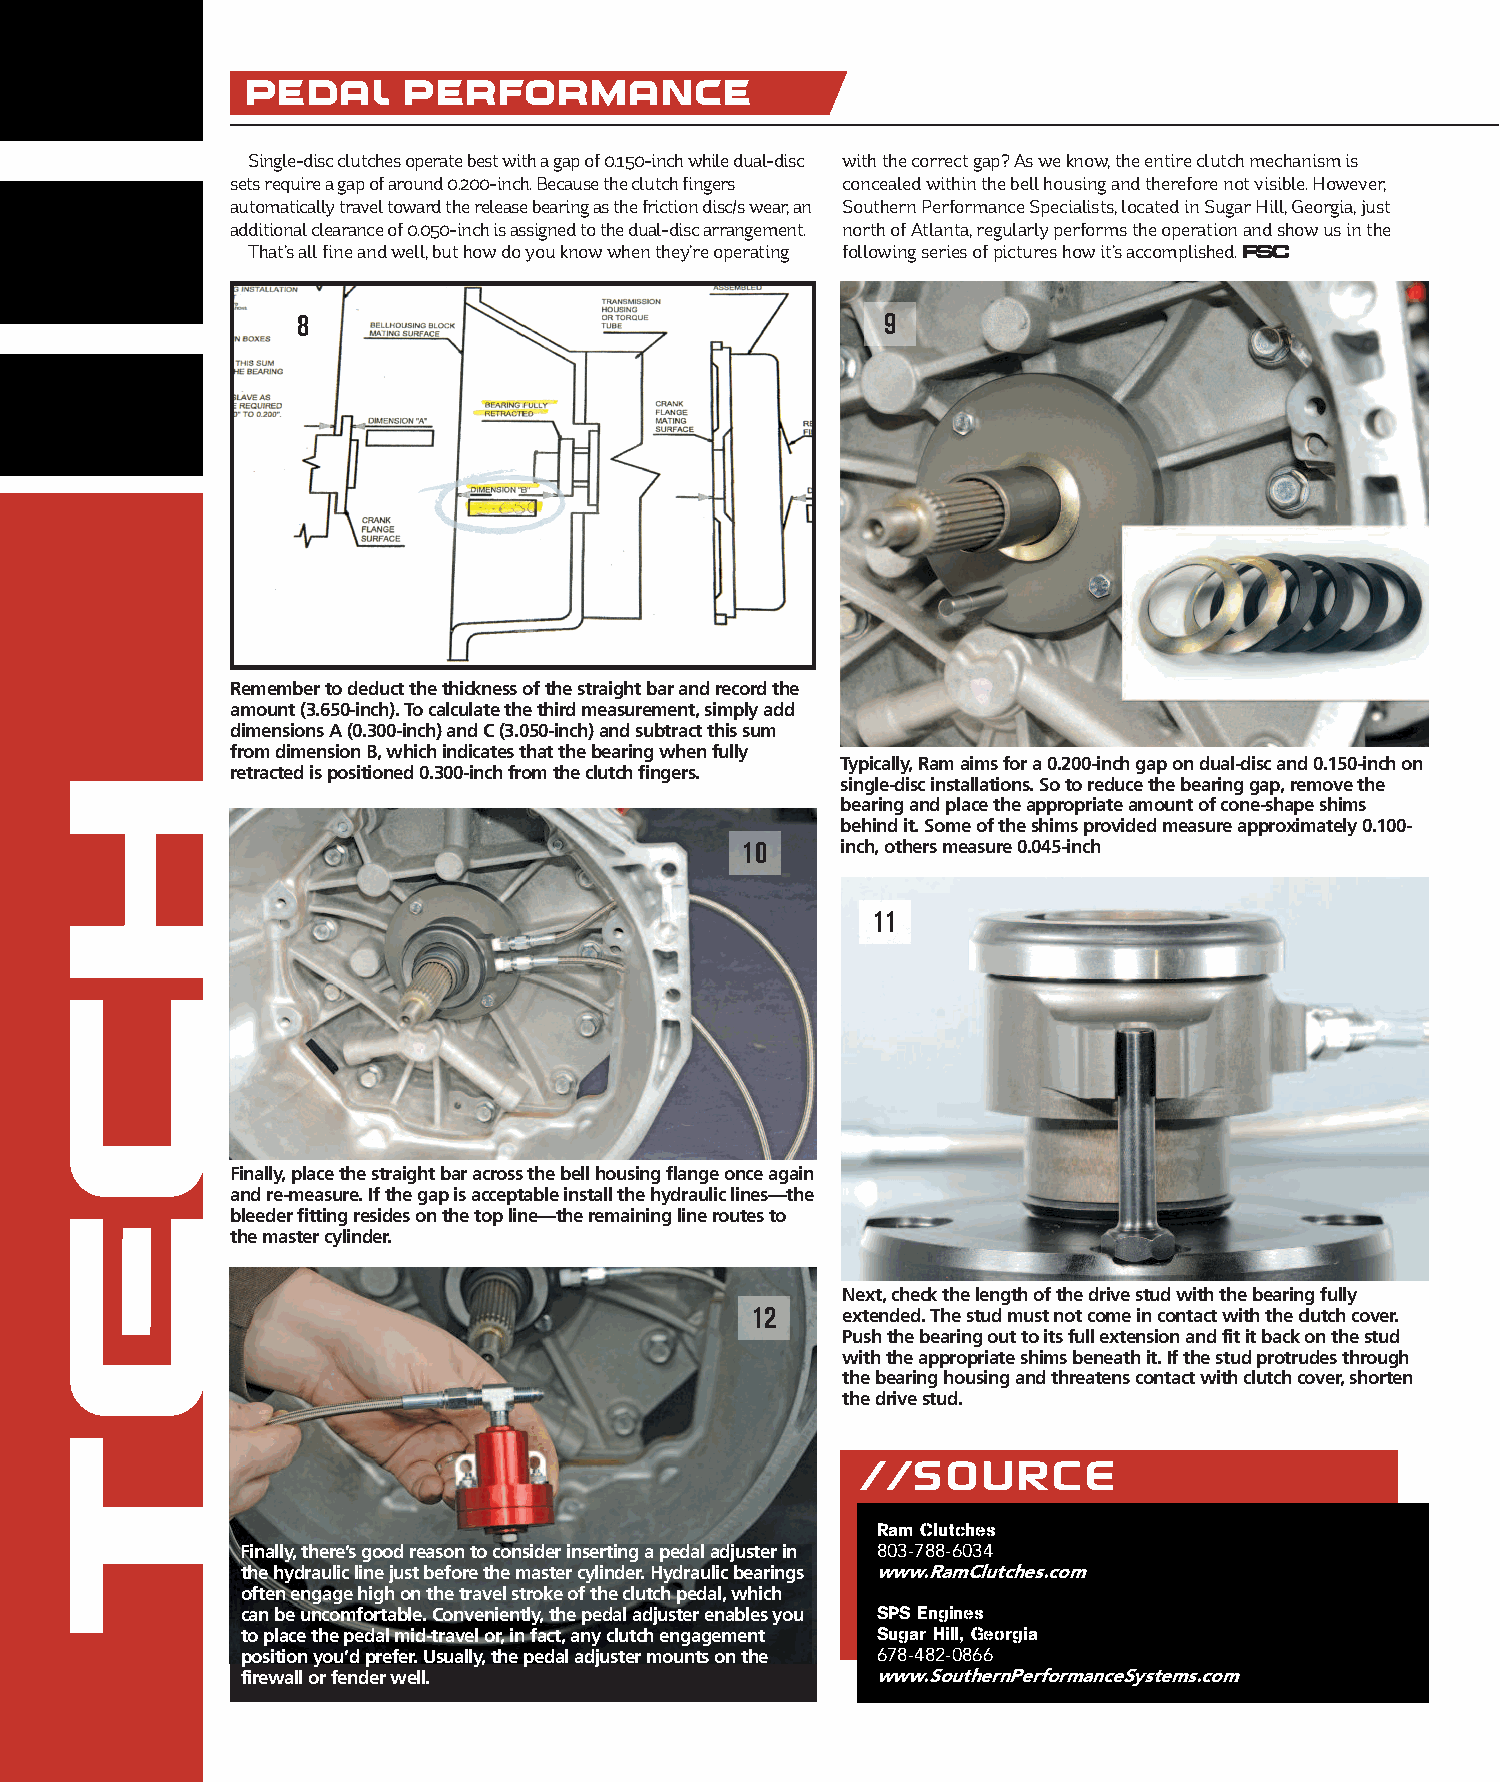
Pedal      Performance
 Single-disc clutches operate best with a gap of 0.150-inch while dual-disc with the correct gap? As we know, the entire clutch mechanism is
 sets require a gap of around 0.200-inch. Because the clutch fingers concealed within the bell housing and therefore not visible. However,
 automatically travel toward the release bearing as the friction disc/s wear, an Southern Performance Specialists, located in Sugar Hill, Georgia, just
 additional clearance of 0.050-inch is assigned to the dual-disc arrangement. north of Atlanta, regularly performs the operation and show us in the
 That’s all fine and well, but how do you know when they’re operating following series of pictures how it’s accomplished. FSC
 8                                      9
 Remember to deduct the thickness of the straight bar and record the
 amount (3.650-inch). To calculate the third measurement, simply add
 dimensions A (0.300-inch) and C (3.050-inch) and subtract this sum
 from dimension B, which indicates that the bearing when fully
 Typically, Ram aims for a 0.200-inch gap on dual-disc and 0.150-inch on
 retracted is positioned 0.300-inch from the clutch fingers.
 single-disc installations. So to reduce the bearing gap, remove the
 bearing and place the appropriate amount of cone-shape shims
 behind it. Some of the shims provided measure approximately 0.100-
 10     inch, others measure 0.045-inch
 11
 Finally, place the straight bar across the bell housing flange once again
 and re-measure. If the gap is acceptable install the hydraulic lines—the
 bleeder fitting resides on the top line—the remaining line routes to
 the master cylinder.
 Next, check the length of the drive stud with the bearing fully
 12    extended. The stud must not come in contact with the clutch cover.
 Push the bearing out to its full extension and fit it back on the stud
 with the appropriate shims beneath it. If the stud protrudes through
 the bearing housing and threatens contact with clutch cover, shorten
 the drive stud.
 //SOURCE
 Ram Clutches
 Finally, there’s good reason to consider inserting a pedal adjuster in 803-788-6034
 the hydraulic line just before the master cylinder. Hydraulic bearings www.RamClutches.com
 often engage high on the travel stroke of the clutch pedal, which
 can be uncomfortable. Conveniently, the pedal adjuster enables you SPS Engines
 to place the pedal mid-travel or, in fact, any clutch engagement Sugar Hill, Georgia
 position you’d prefer. Usually, the pedal adjuster mounts on the 678-482-0866
 firewall or fender well.                  www.SouthernPerformanceSystems.com